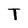
Character: T